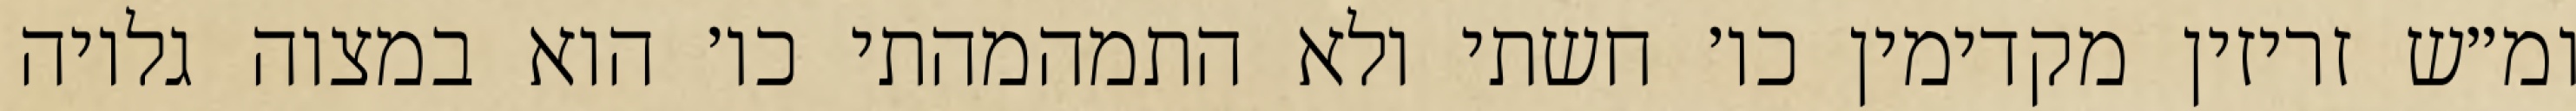
ומ״ש זריזין מקדימין כו׳ חשתי ולא התמהמהתי כו׳ הוא במצוה גלויה